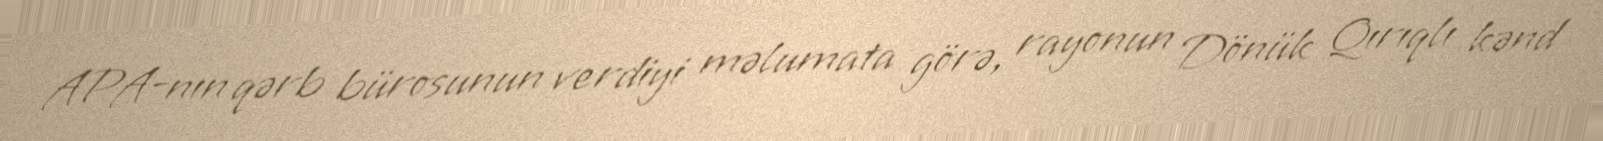
APA-nın qərb bürosunun verdiyi məlumata görə, rayonun Dönük Qırıqlı kənd